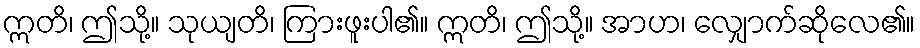
ဣတိ၊ ဤသို့။ သုယျတိ၊ ကြားဖူးပါ၏။ ဣတိ၊ ဤသို့။ အာဟ၊ လျှောက်ဆိုလေ၏။